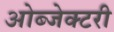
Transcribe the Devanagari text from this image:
ओब्जेक्टरी